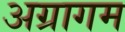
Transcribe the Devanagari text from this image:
अग्रागम